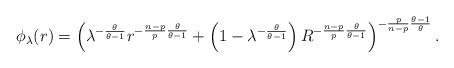
LaTeX: \begin{align*}\phi_{\lambda}(r)=\left(\lambda^{-\frac{\theta}{\theta-1}}r^{-\frac{n-p}{p}\frac{\theta}{\theta-1}}+\left(1-\lambda^{-\frac{\theta}{\theta-1}}\right)R^{-\frac{n-p}{p}\frac{\theta}{\theta-1}}\right)^{-\frac{p}{n-p}\frac{\theta-1}{\theta}}.\end{align*}